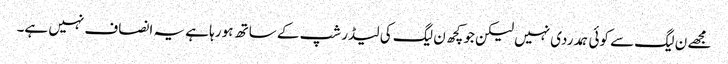
مجھے ن لیگ سے کوئی ہمدردی نہیں لیکن جو کچھ ن لیگ کی لیڈر شپ کے ساتھ ہو رہا ہے یہ انصاف نہیں ہے۔